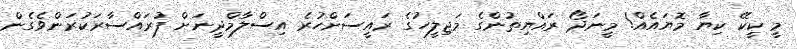
މީ ކީކޭ ކިޔާ މޮޔައެއް! މީނަދޯ ރައްޔިތުންގެ މަޖިލީހުގެ ރައީސަށްހުރެ އިސްލާމްދީނަށް ފުރައްސާރަކުރަންވެގެން